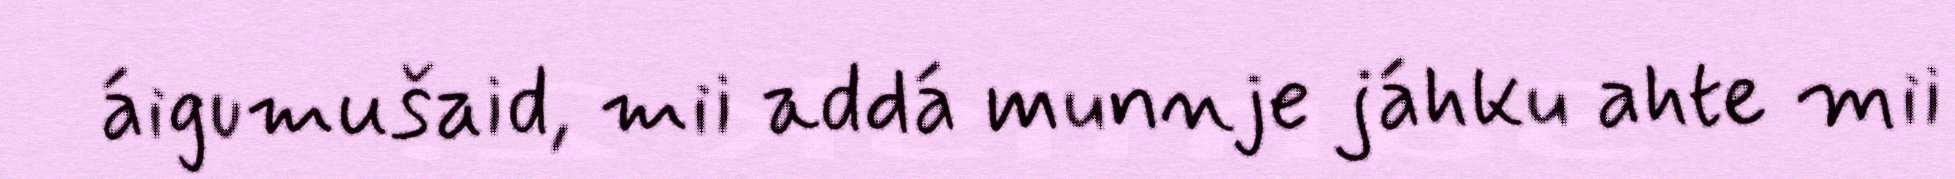
áigumušaid, mii addá munnje jáhku ahte mii